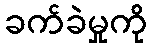
ခက်ခဲမှုကို